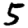
Digit: 5